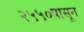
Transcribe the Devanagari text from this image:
२५५०पासून